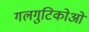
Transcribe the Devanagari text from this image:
गलगुटिकोओं